Annual report of the Imperial Bacteriologist
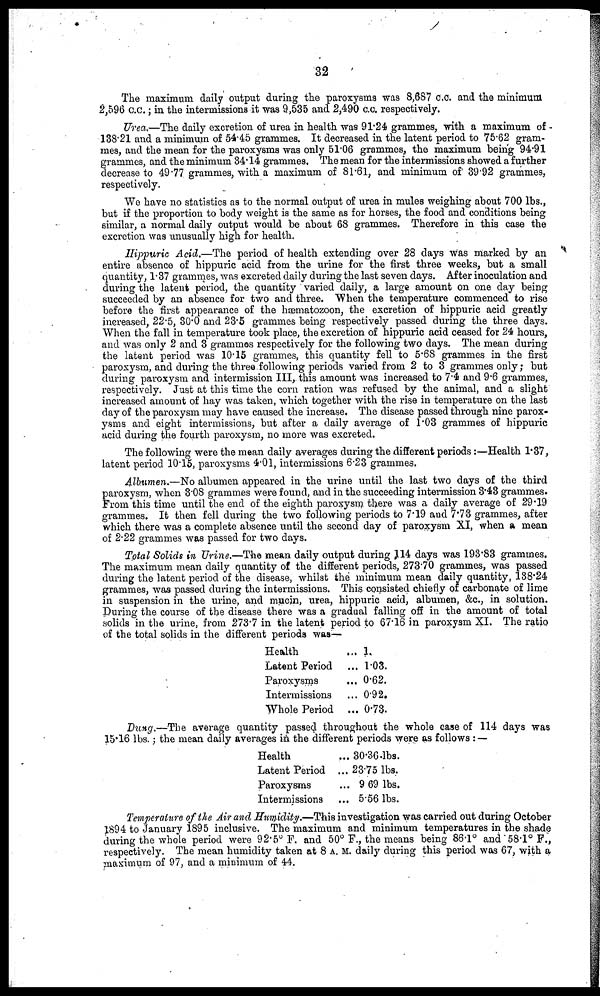
32
The maximum daily output during the paroxysms was 8,687 c.c. and the minimum
2,596 c.c.; in the intermissions it was 9,535 and 2,490 c.c. respectively.
Urea.—The daily excretion of urea in health was 91.24 grammes, with a maximum of -
138.21 and a minimum of 54.45 grammes. It decreased in the latent period to 75.62 gram-
mes, and the mean for the paroxysms was only 51.06 grammes, the maximum being 94.91
grammes, and the minimum 34.14 grammes. The mean for the intermissions showed a further
decrease to 49.77 grammes, with a maximum of 81.61, and minimum of 39.92 grammes,
respectively.
We have no statistics as to the normal output of urea in mules weighing about 700 lbs.,
but if the proportion to body weight is the same as for horses, the food and conditions being
similar, a normal daily output would be about 68 grammes. Therefore in this case the
excretion was unusually high for health.
Hippuric Acid.—The period of health extending over 28 days was marked by an
entire absence of hippuric acid from the urine for the first three weeks, but a small
quantity, 1.37 grammes, was excreted daily during the last seven days. After inoculation and
during the latent period, the quantity varied daily, a large amount on one day being
succeeded by an absence for two and three. When the temperature commenced to rise
before the first appearance of the hæmatozoon, the excretion of hippuric acid greatly
increased, 22.5, 30.0 and 23.5 grammes being respectively passed during the three days.
When the fall in temperature took place, the excretion of hippuric acid ceased for 24 hours,
and was only 2 and 3 grammes respectively for the following two days. The mean during
the latent period was 10.15 grammes, this quantity fell to 5.68 grammes in the first
paroxysm, and during the three following periods varied from 2 to 3 grammes only; but
during paroxysm and intermission III, this amount was increased to 7.4 and 9.6 grammes,
respectively. Just at this time the corn ration was refused by the animal, and a slight
increased amount of hay was taken, which together with the rise in temperature on the last
day of the paroxysm may have caused the increase. The disease passed through nine parox-
ysms and eight intermissions, but after a daily average of 1.03 grammes of hippuric
acid during the fourth paroxysm, no more was excreted.
The following were the mean daily averages during the different periods:—Health 1.37,
latent period 10.15, paroxysms 4.01, intermissions 6.23 grammes.
Albumen.—No albumen appeared in the urine until the last two days of the third
paroxysm, when 3.08 grammes were found, and in the succeeding intermission 3.43 grammes.
From this time until the end of the eighth paroxysm there was a daily average of 29.19
grammes. It then fell during the two following periods to 7.19 and 7.73 grammes, after
which there was a complete absence until the second day of paroxysm XI, when a mean
of 2.22 grammes was passed for two days.
Total Solids in Urine.—The mean daily output during 114 days was 193.83 grammes.
The maximum mean daily quantity of the different periods, 273.70 grammes, was passed
during the latent period of the disease, whilst the minimum mean daily quantity, 138.24
grammes, was passed during the intermissions. This consisted chiefly of carbonate of lime
in suspension in the urine, and mucin, urea, hippuric acid, albumen, &c., in solution.
During the course of the disease there was a gradual falling off in the amount of total
solids in the urine, from 273.7 in the latent period to 67.16 in paroxysm XI. The ratio
of the total solids in the different periods was—
Health
Latent Period
Paroxysms
Intermissions
Whole Period
... 1.
... 1.03.
... 0.62.
... 0.92.
... 0.73.
Dung.—The average quantity passed throughout the whole case of 114 days was
15.16 lbs.; the mean daily averages in the different periods were as follows : —
Health
Latent Period
Paroxysms
Intermissions
... 30.36.1bs.
... 23.75 lbs,
... 9.69 lbs.
... 5.56 lbs.
Temperature of the Air and Humidity.—This investigation was carried out during October
1894 to January 1895 inclusive. The maximum and minimum temperatures in the shade
during the whole period were 92.5° F. and 50° F., the means being 86.1° and 58.1° F.,
respectively. The mean humidity taken at 8 A.M. daily during this period was 67, with a
maximum of 97, and a minimum of 44.